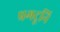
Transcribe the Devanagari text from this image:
प्रगटूनि